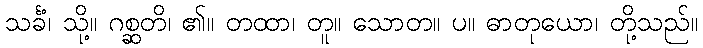
သင်္ခံ၊ သို့။ ဂစ္ဆတိ၊ ၏။ တထာ၊ တူ။ သောတ။ ပ။ ဓာတုယော၊ တို့သည်။